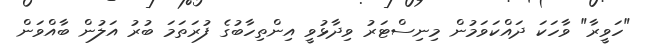
"ހަވީރާ" ވާހަކަ ދައްކަވަމުން މިނިސްޓަރު ވިދާޅުވީ އިންތިހާބުގެ ފުރަތަމަ ބުރު އަލުން ބާއްވަން